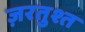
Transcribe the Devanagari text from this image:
ज़रतुश्त